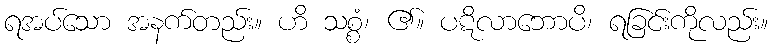
ရအပ်သော အနက်တည်း။ ဟိ သစ္စံ၊ ၏။ ပဋိလာဘောပိ၊ ရခြင်းကိုလည်း။